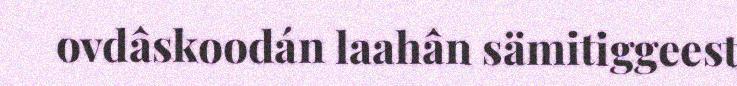
ovdâskoodán laahân sämitiggeest